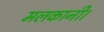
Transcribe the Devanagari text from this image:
मलकानी।